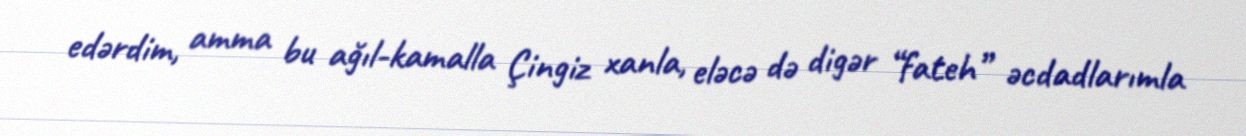
edərdim, amma bu ağıl-kamalla Çingiz xanla, eləcə də digər “fateh” əcdadlarımla